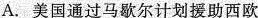
A.美国通过马歇尔计划援助西欧